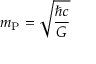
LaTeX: m _ { \mathrm { P } } = { \sqrt { \frac { \hbar c } { G } } }